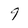
Character: 9